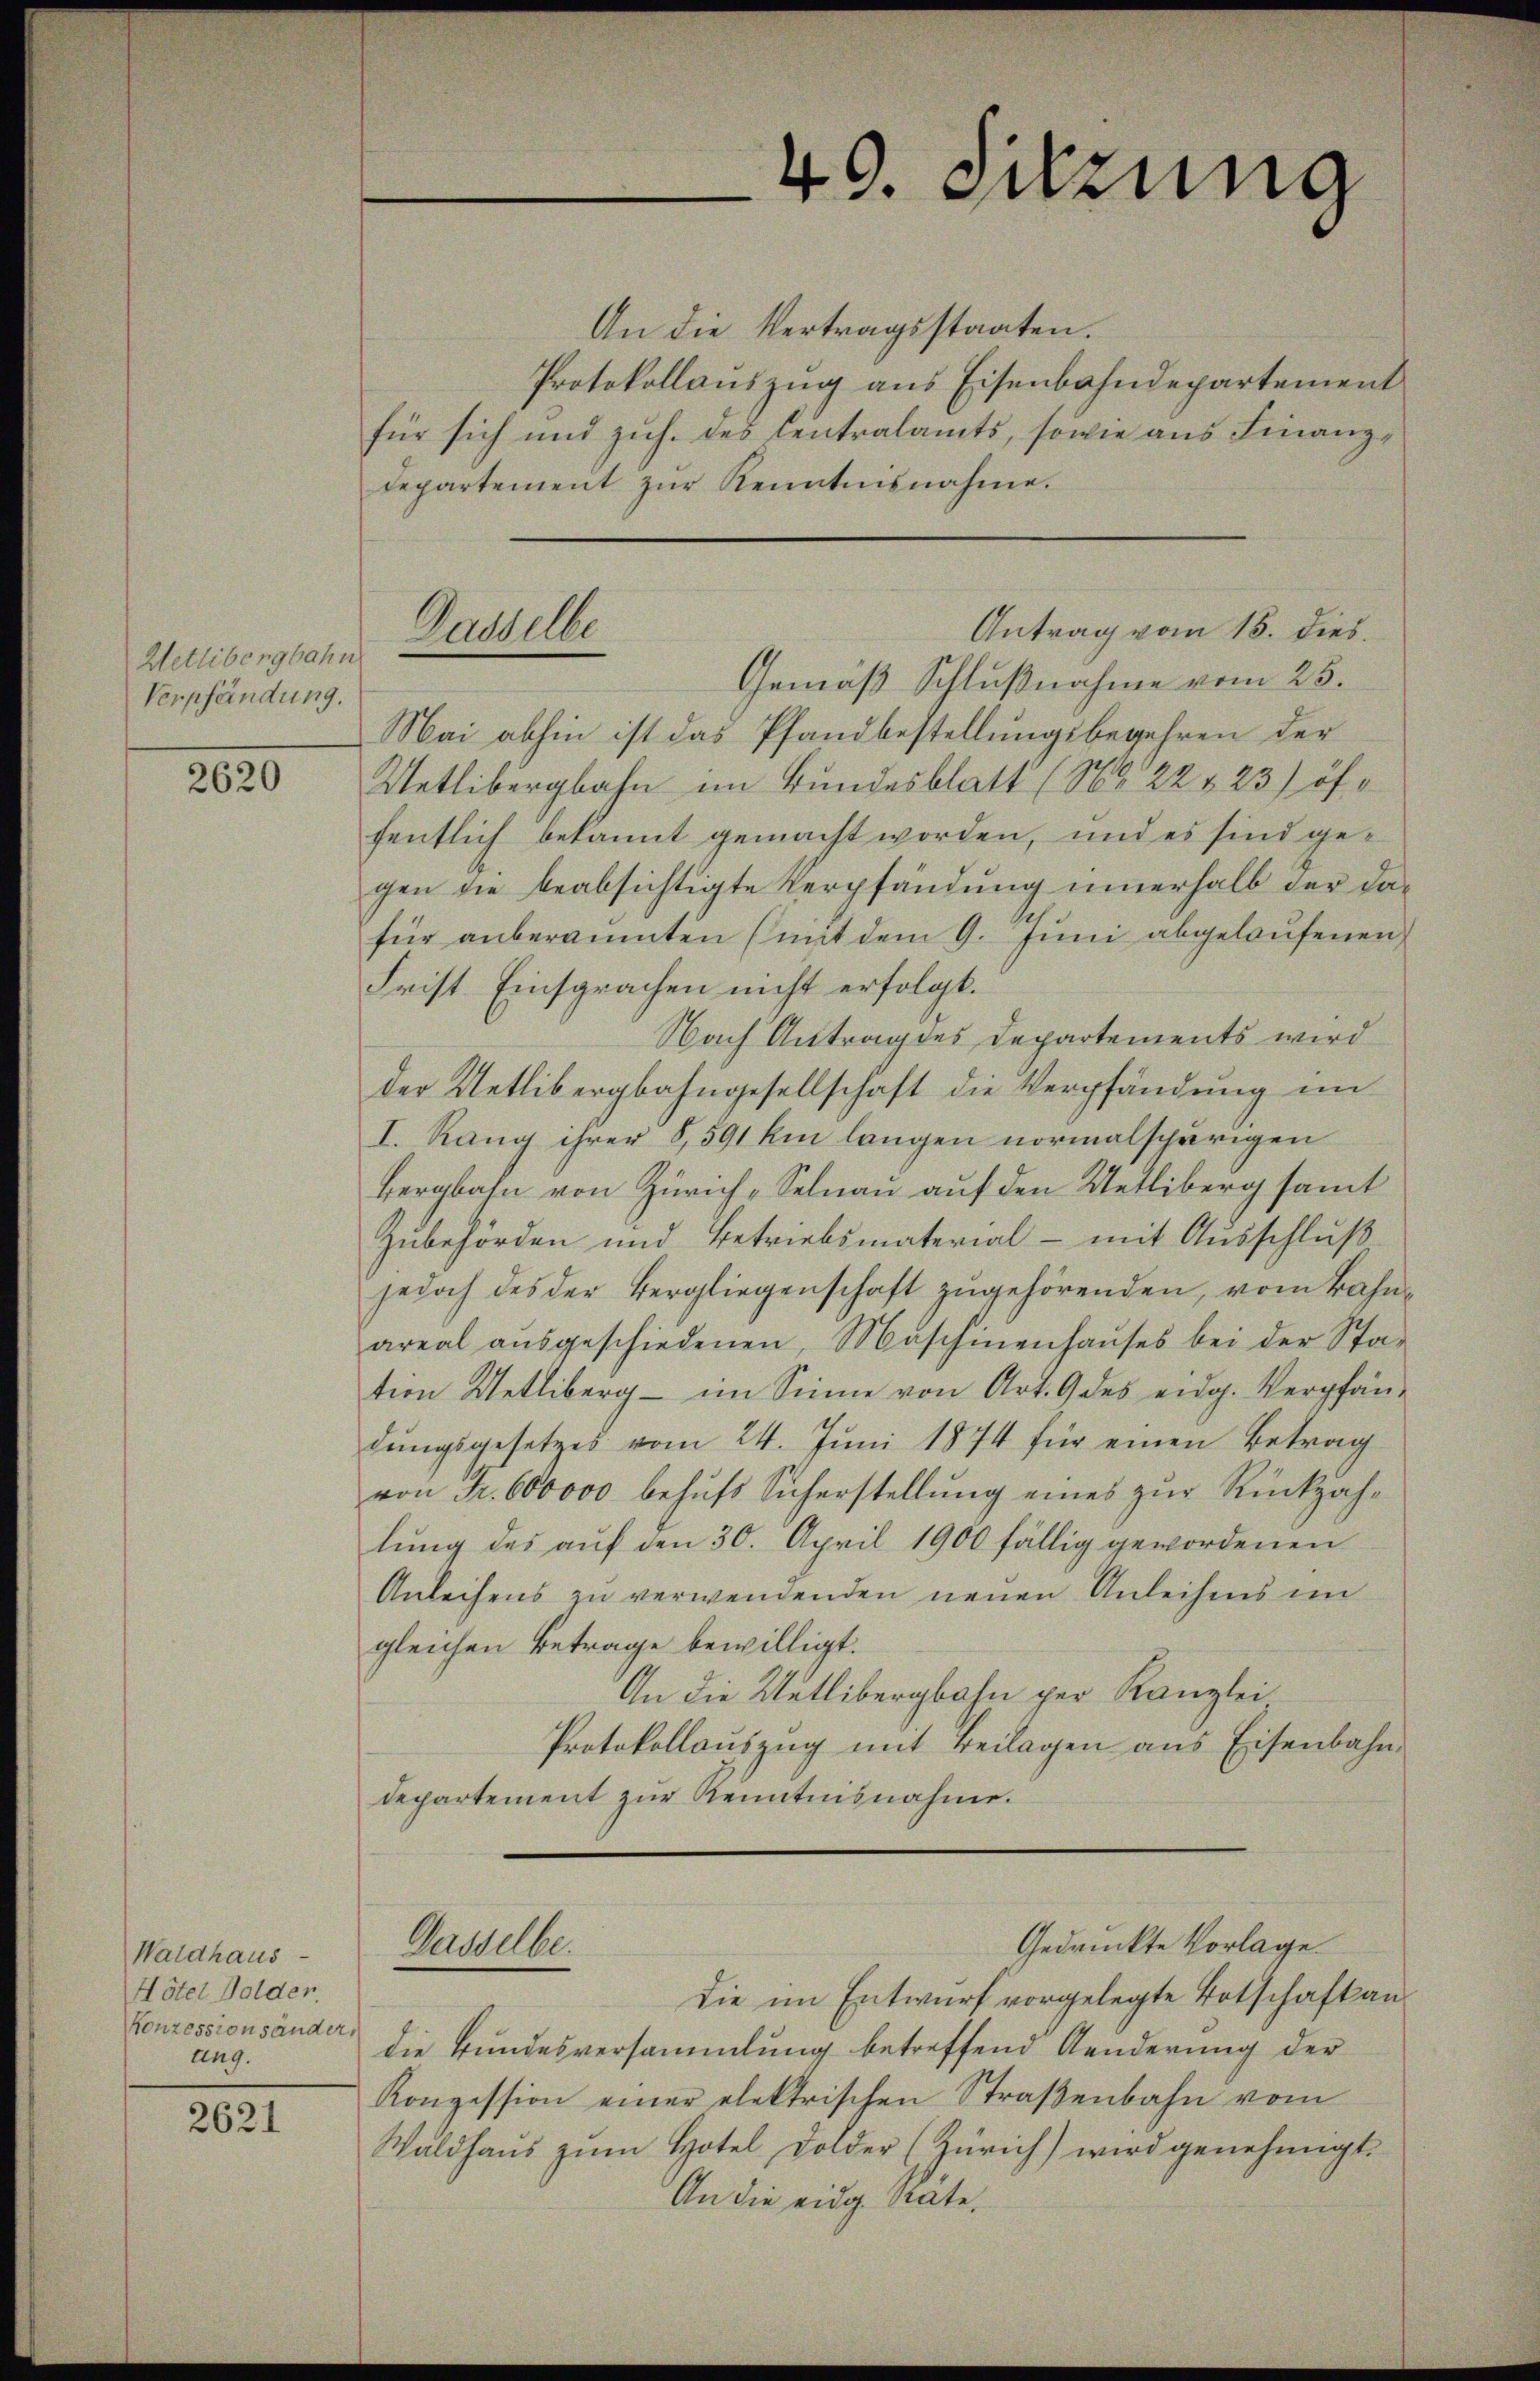
Wetlibergbahn
Verpfändung.

2620

Waldhaus
Hôtel Holder.
Konzessionsänder,
ung.

2621

Gasselbe

40. zung

An die Vertragsstaaten.
Protokollauszug aus Eisenbahndepartement
für sich und zuh. des Centralamts, sowie aus Finanzdepartement zŭr Kenntnisnahme.
Gemäß Schlußnahme vom 25.
Mai abhin ist das Pfandbestellungsbegehren der
Wetlibergbahn im Bundesblatt (No. 222 23) öffentlich bekannt gemacht worden, und es sind gegen die beabsichtigte Verpfändung innerhalb der da-
für anberaumten (mit dem 9. Juni abgelaufenen
Frist Einsprachen nicht erfolgt.
Nach Antrag des Departements wird
der Uetlibergbahngesellschaft die Verpfändung im
I. Rang ihrer 8, 591 hm langen normalschörigen
Bergbahn von Zürich „Selnau auf den Uetliberg samt
Zubehörden und Betriebsmaterial - mit Ausschluß
jedoch des der Vergliegenschaft zugehörenden, vom Bahnareal aŭsgeschiedenen, Maschinenhaŭses bei der Sta-
tion Wetliberg - im Sinne von Art. 9 des eidg. Verpfändŭngsgesetzes vom 24. Juni 1874 für einen Betrag
von Fr. 600000 behŭfs Sicherstellŭng eines zŭr Rückzah-
lung des auf den 30. April 1900 fällig gewordenen
Anleihens zu verwendenden neuen Anleihens im
gleichen Betrage bewilligt.
An die Uetlibergbahn per Kanzlei
Protokollaŭszŭg mit Beilagen ans Eisenbahn-
departement zur Kenntnisnahme.
Gedruckte Vorlage
Gasselbe.
die im Entwurf vorgelegte Botschafkandie Bundesversammlung betreffend Aenderung der
Konzession einer elektrischen Straβenbahn vom
Waldhaŭs zŭm Hotel Dolder (Zürich) wird genehmigt.
An die eidg. Räte.

Antrag vom 15. dies